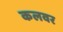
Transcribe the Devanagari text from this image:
कलवर